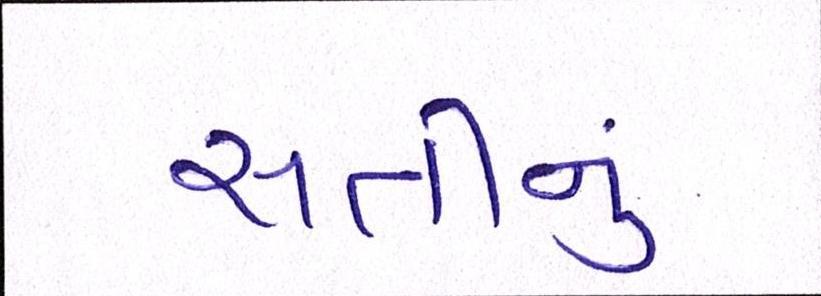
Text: સતીનું